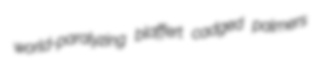
world-paralyzing blaffert cadged palmers